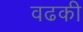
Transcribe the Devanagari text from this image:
वढकी